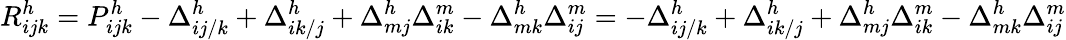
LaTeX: R_{ijk}^{h}=P_{ijk}^{h}-\Delta_{ij/k}^{h}+\Delta_{ik/j}^{h}+\Delta_{mj}^{h}\Delta_{ik}^{m}-\Delta_{mk}^{h}\Delta_{ij}^{m}=-\Delta_{ij/k}^{h}+\Delta_{ik/j}^{h}+\Delta_{mj}^{h}\Delta_{ik}^{m}-\Delta_{mk}^{h}\Delta_{ij}^{m}